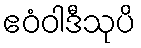
ဧဝံဝါဒီသုပိ